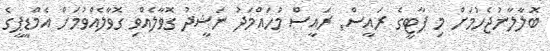
ބޮލާލާނުޖެހުމަށް މި ޕާޓީގެ ރައީސް